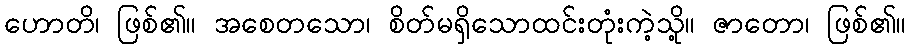
ဟောတိ၊ ဖြစ်၏။ အစေတသော၊ စိတ်မရှိသောထင်းတုံးကဲ့သို့။ ဇာတော၊ ဖြစ်၏။